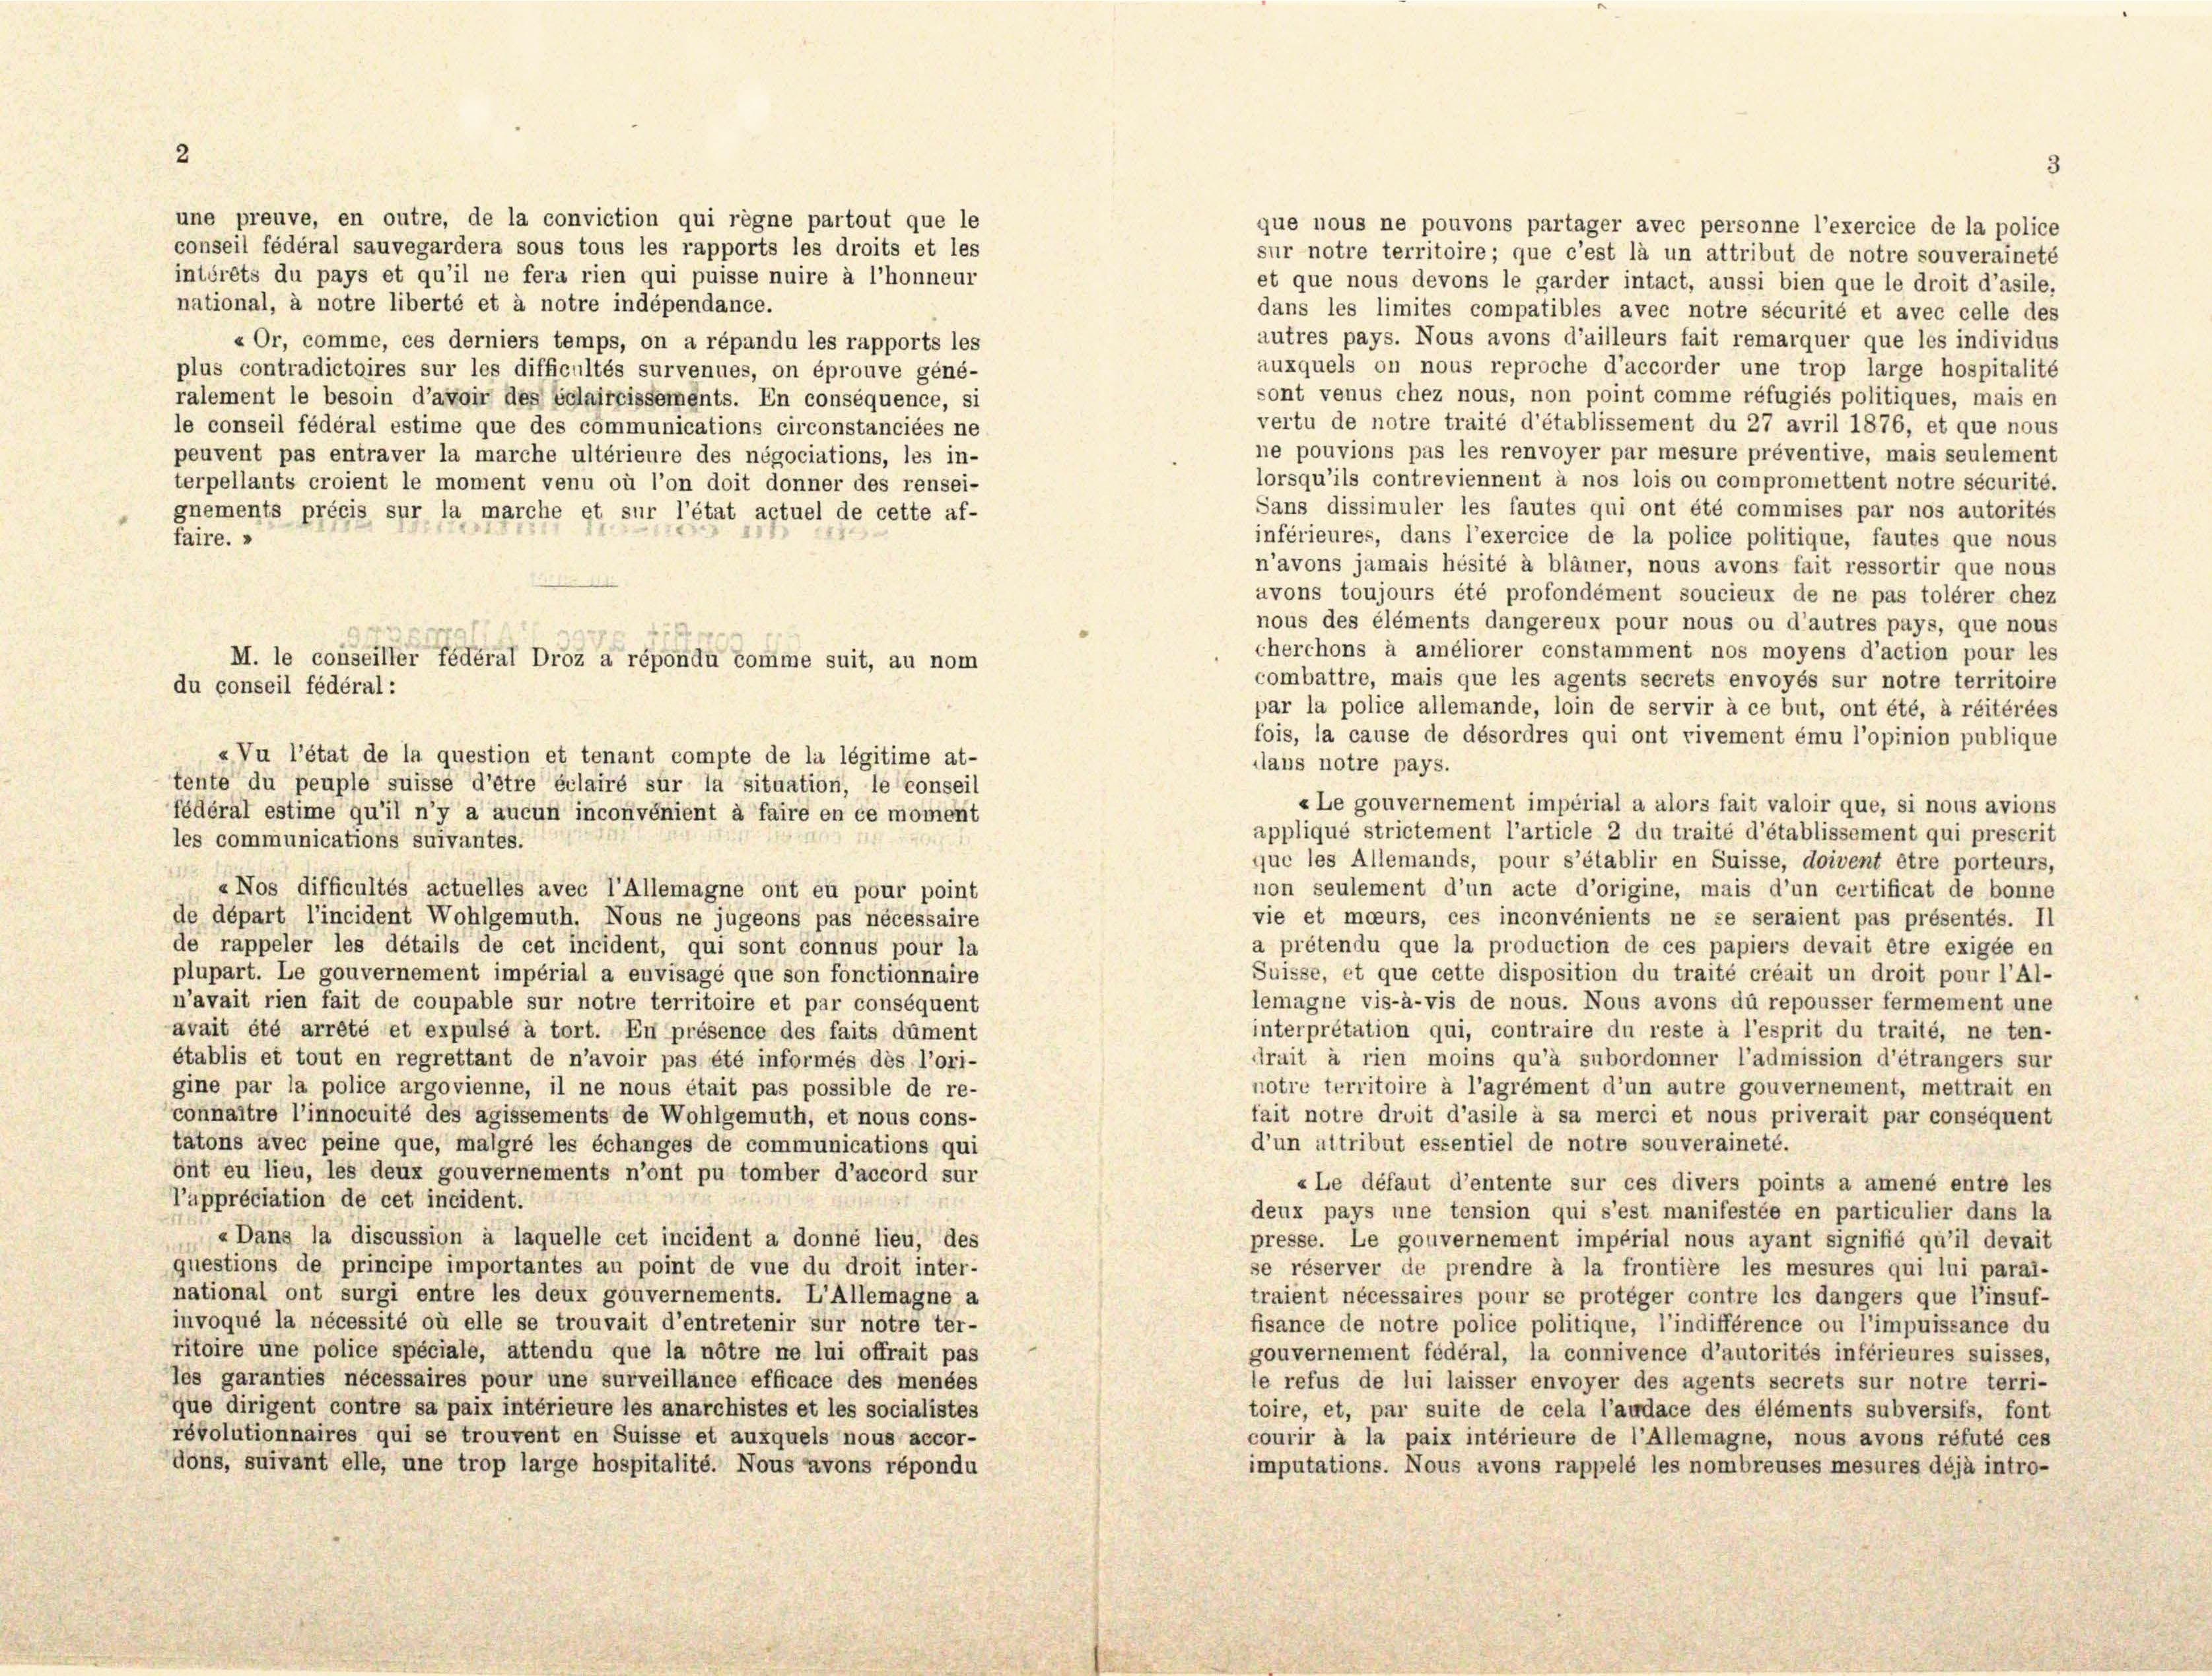
2

une preuve, en outre, de la conviction qui regne partout que le
que nous ne pouvons partager avec personne l’exercice de la police
conseil fédéral sauvegardera sous tous les rapports les droits et les
sur notre territoire; que c’est là un attribut de notre souveraineté
intérêts du pays et qu’il ne fera rien qui puisse nuire à l’honneur
et que nous devons le garder intact, aussi bien que le droit d’asile,
national, à notre liberté et à notre indépendance.
dans les limites compatibles avec notre sécurité et avec celle des
autres pays. Nous avons d’ailleurs fait remarquer que les individus
« Or, comme, ces derniers temps, on a répandu les rapports les
auxquels on nous reproche d’accorder une trop large hospitalité
plus contradictoires sur les difficultés survenues, on éprouve géné-
sont venus chez nous, non point comme réfugiés politiques, mais en
ralement le besoin d’avoir des édiairrissements. En conséquence, si
vertu de notre traité d’établissement du 27 avril 1876, et que nous
le conseil fédéral estime que des communications circonstanciées ne
ne pouvions pas les renvoyer par mesure préventive, mais seulement
peuvent pas entraver la marche ultérieure des négociations, les in-
lorsqu’ils contreviennent à nos lois ou compromettent notre sécurité.
terpellants croient le moment venu où l’on doit donner des rensei-
Sans dissimuler les fautes qui ont été commises par nos autorités
gnements précis sur la marche et sur l’état actuel de cette af-
inférieures, dans l’exercice de la police politique, fautes que nous
faire. »
n’avons jamais hésité à blämer, nous avons fait ressortir que nous
avons toujours été profondément soucieux de ne pas tolérer chez
nous des éléments dangereux pour nous ou d’autres pays, que nous
cherchons à améliorer constamment nos moyens d’action pour les
combattre, mais que les agents secrets envoyés sur notre territoire
par la police allemande, loin de servir à ce but, ont été, à réitérées
fois, la cause de désordres qui ont rivement ému l’opinion publique
« Vu l’état de la question et tenant compte de la légitime at-
ilans notre pays.
tente du peuple suisse d’être éclairé sur la situation, le conseil
«Le gouvernement impérial a alors fait valoir que, si nous avions
fédéral estime qu’il n’y a aucun inconvenient à faire en ce moment
appliqué strictement l’article 2 du traité d’établissement qui prescrit
les communications suivantes.
que les Allemands, pour s’établir en Suisse, doivent être porteurs,
1115
«Nos difficultés actuelles avec l’Allemagne ont eu pour point
non seulement d’un acte d’origine, mais d’un certificat de bonne
de départ l’incident Wohlgemuth. Nous ne jugeons pas nécessaire
vie et moeurs, ces inconvénients ne se seraient pas présentés. Il
a prétendu que la production de ces papiers devait être exigée en
de rappeler les détails de cet incident, qui sont connus pour la
Suisse, et que cette disposition du traité créait un droit pour l’Al-
plupart. Le gouvernement impérial a envisagé que son fonctionnaire
lemagne vis-à-vis de nous. Nous avons du repousser fermement une
n’avait rien fait de coupable sur notre territoire et par conséquent
interprétation qui, contraire du reste à l’esprit du traité, ne ten-
avait été arrêté et expulsé à tort. En présence des faits dûment
drait à rien moins qu’à subordonner l’admission d’étrangers sur
établis et tout en regrettant de n’avoir pas été informés dès l’ori-
notre territoire à l’agrément d’un autre gouvernement, mettrait en
gine par la police argovienne, il ne nous était pas possible de re-
connaître l’innocuité des agissements de Wohlgemuth, et nous cons-
fait notre droit d’asile à sa merci et nous priverait par conséquent
d’un attribut essentiel de notre souveraineté.
tatons avec peine que, malgré les échanges de communications qui
ont eu lieu, les deux gouvernements n’ont pu tomber d’accord sur
«Le défaut d’entente sur ces divers points a amené entre les
l’appréciation de cet incident.
deux pays une tension qui s’est manifestée en particulier dans la
«Dans la discussion à laquelle cet incident a donné lieu, des
presse. Le gouvernement impérial nous ayant signifié qu’il devait
questions de principe importantes au point de vue du droit inter-
se réserver de prendre à la frontière les mesures qui lui parai-
national ont surgi entre les deux gouvernements. L’Allemagne a
traient nécessaires pour se proteger contre les dangers que l’insuf-
invoqué la nécessité où elle se trouvait d’entretenir sur notre ter-
fisance de notre police politique, l’indifférence ou l’impuissance du
ritoire une police spéciale, attendu que la nötre ne lui offrait pas
gouvernement fédéral, la connivence d’autorités inférieures suisses,
les garanties nécessaires pour une surveillance efficace des menées
le refus de lui laisser envoyer des agents secrets sur notre terri-
que dirigent contre sa paix intérieure les anarchistes et les socialistes
toire, et, par suite de cela l’audace des éléments subversifs, font
révolutionnaires qui se trouvent en Suisse et auxquels nous accor-
courir à la paix intérieure de l’Allemagne, nous avons réfuté ces
dons, suivant elle, une trop large hospitalité. Nous avons répondu
imputations. Nous avons rappelé les nombreuses mesures déjà intro-

M. le conseiller fédéral Droz a répondi Comme suit, au nom
du conseil fédéral: